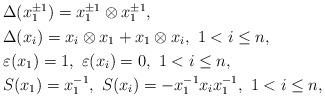
LaTeX: \begin{align*}\begin{aligned}&\Delta(x_1^{\pm1})=x_1^{\pm1}\otimes x_1^{\pm1},\\&\Delta(x_i)=x_i\otimes x_1+x_1\otimes x_i,~1<i\leq n, \\&\varepsilon(x_1)= 1,~ \varepsilon(x_i)=0,~1<i\leq n, \\&S(x_1)=x_1^{-1},~S(x_i)=-x_1^{-1}x_ix_1^{-1},~1<i\leq n,\end{aligned}\end{align*}